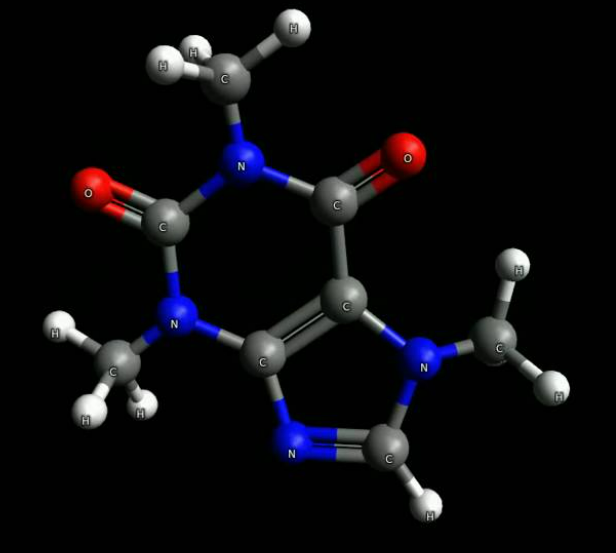
avogadro, ball and sticks